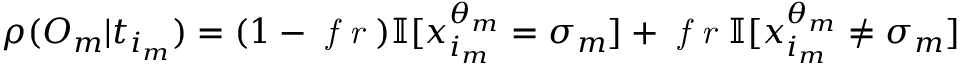
\begin{array} { r } { \rho ( O _ { m } | t _ { i _ { m } } ) = ( 1 - \textit { f r } ) \mathbb { I } [ x _ { i _ { m } } ^ { \theta _ { m } } = \sigma _ { m } ] + \textit { f r } \mathbb { I } [ x _ { i _ { m } } ^ { \theta _ { m } } \neq \sigma _ { m } ] } \end{array}